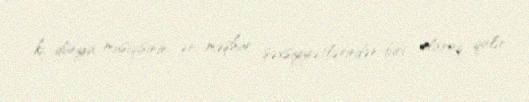
ki, dünya musiqisinin ən məşhur şəxsiyyətlərindən biri olaraq qalır.